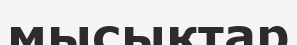
мысықтар